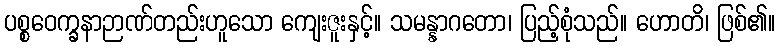
ပစ္စဝေက္ခနာဉာဏ်တည်းဟူသော ကျေးဇူးနှင့်။ သမန္နာဂတော၊ ပြည့်စုံသည်။ ဟောတိ၊ ဖြစ်၏။